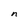
Character: n